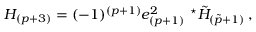
H _ { ( p + 3 ) } = ( - 1 ) ^ { ( p + 1 ) } e _ { ( p + 1 ) } ^ { 2 } \ { } ^ { \star } \tilde { H } _ { ( \tilde { p } + 1 ) } \, ,